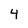
Character: 4